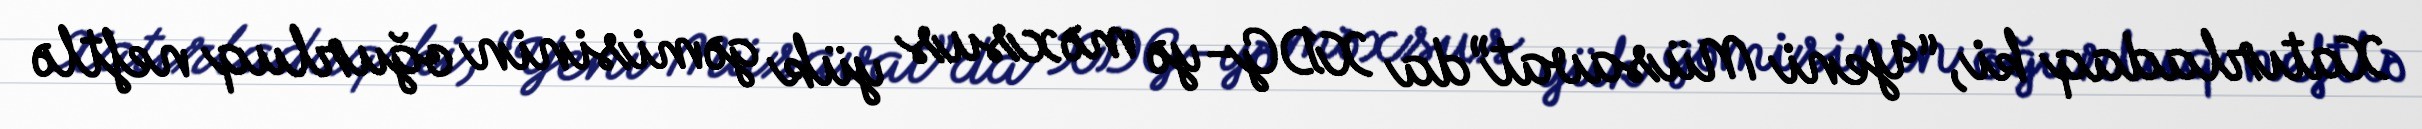
Xatırladaq ki, “Yeni Müsavat”da XDG-yə məxsus yük gəmisinin oğurluq neftlə